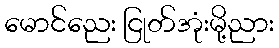
မောင်ညေး ငြုတ်အုံးမို့ညား